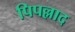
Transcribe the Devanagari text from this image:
पिपल्लाद